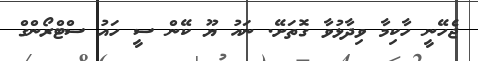
ޖެހޭނީ ހާކިމާ ވިދާޅުވާ ގޮތަށޭ. ނައު ޔޫ ކޭން ސީ ހައު ސްޓްރޯންގް